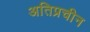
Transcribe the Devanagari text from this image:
अतिप्रचीन